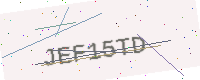
Text: JEF15TD